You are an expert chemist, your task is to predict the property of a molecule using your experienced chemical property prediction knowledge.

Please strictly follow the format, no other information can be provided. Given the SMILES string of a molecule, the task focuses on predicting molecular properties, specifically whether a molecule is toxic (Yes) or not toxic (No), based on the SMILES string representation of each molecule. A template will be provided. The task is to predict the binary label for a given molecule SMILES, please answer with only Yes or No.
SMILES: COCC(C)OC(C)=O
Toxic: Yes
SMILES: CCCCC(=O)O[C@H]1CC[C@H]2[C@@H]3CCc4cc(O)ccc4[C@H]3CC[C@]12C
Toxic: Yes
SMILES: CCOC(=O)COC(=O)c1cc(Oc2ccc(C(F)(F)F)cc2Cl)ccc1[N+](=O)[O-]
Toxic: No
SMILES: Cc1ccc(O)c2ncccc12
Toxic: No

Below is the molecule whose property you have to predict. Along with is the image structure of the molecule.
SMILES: CCNc1ccccc1
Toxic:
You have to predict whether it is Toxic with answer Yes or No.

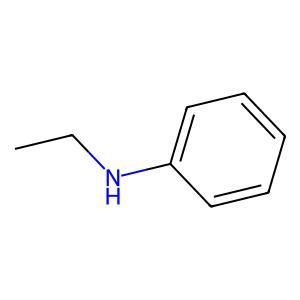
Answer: No